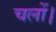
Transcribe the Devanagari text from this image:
चलों।